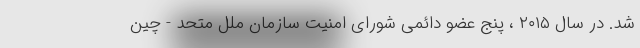
شد. در سال ۲۰۱۵ ، پنج عضو دائمی شورای امنیت سازمان ملل متحد - چین